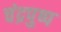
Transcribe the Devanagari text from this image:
चंद्रपुष्प